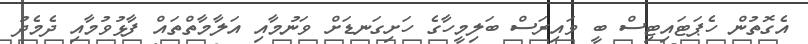
އެގޮތުން ހެޕަޓައިޓިސް ބީ ވައިރަސް ބަލިމީހާގެ ހަށިގަނޑަށް ވަނުމާއި އަލާމާތްތައް ފާޅުވުމާއި ދެމެދު